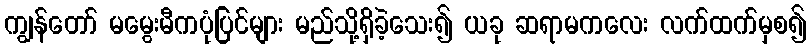
ကျွန်တော် မမွေးမီကပုံပြင်များ မည်သို့ရှိခဲ့သေး၍ ယခု ဆရာမကလေး လက်ထက်မှစ၍